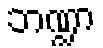
ဘဏ္ဍာ